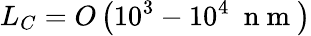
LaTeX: L_{C}=O\left(10^{3}-10^{4}~\mathrm{~n~m~}\right)